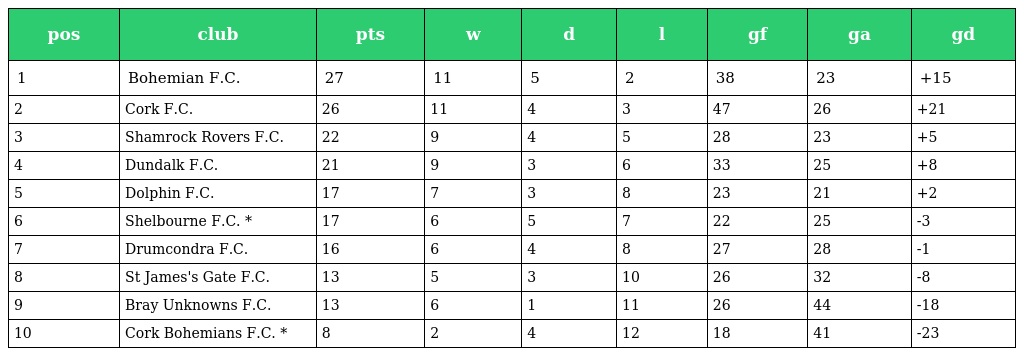
| pos | club | pts | w | d | l | gf | ga | gd |
 | --- | --- | --- | --- | --- | --- | --- | --- | --- |
 | 1 | Bohemian F.C. | 27 | 11 | 5 | 2 | 38 | 23 | +15 |
 | 2 | Cork F.C. | 26 | 11 | 4 | 3 | 47 | 26 | +21 |
 | 3 | Shamrock Rovers F.C. | 22 | 9 | 4 | 5 | 28 | 23 | +5 |
 | 4 | Dundalk F.C. | 21 | 9 | 3 | 6 | 33 | 25 | +8 |
 | 5 | Dolphin F.C. | 17 | 7 | 3 | 8 | 23 | 21 | +2 |
 | 6 | Shelbourne F.C. * | 17 | 6 | 5 | 7 | 22 | 25 | -3 |
 | 7 | Drumcondra F.C. | 16 | 6 | 4 | 8 | 27 | 28 | -1 |
 | 8 | St James's Gate F.C. | 13 | 5 | 3 | 10 | 26 | 32 | -8 |
 | 9 | Bray Unknowns F.C. | 13 | 6 | 1 | 11 | 26 | 44 | -18 |
 | 10 | Cork Bohemians F.C. * | 8 | 2 | 4 | 12 | 18 | 41 | -23 |